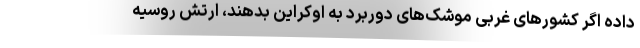
داده اگر کشورهای غربی موشک‌های دوربرد به اوکراین بدهند، ارتش روسیه